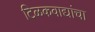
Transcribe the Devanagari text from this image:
टिळकवाद्यांचा